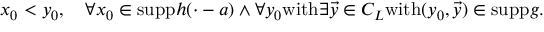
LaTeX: x _ { 0 } < y _ { 0 } , \quad \forall x _ { 0 } \in \mathrm { s u p p } h ( \cdot - a ) \wedge \forall y _ { 0 } \mathrm { w i t h } \exists \vec { y } \in C _ { L } \mathrm { w i t h } ( y _ { 0 } , \vec { y } ) \in \mathrm { s u p p } g .